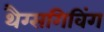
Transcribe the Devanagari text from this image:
थैग्सगिविंग